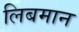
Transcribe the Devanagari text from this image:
लिबमान